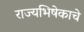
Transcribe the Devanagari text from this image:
राज्यभिषेकाचे